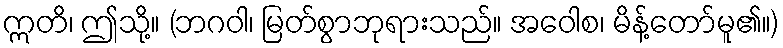
ဣတိ၊ ဤသို့။ (ဘဂဝါ၊ မြတ်စွာဘုရားသည်။ အဝေါစ၊ မိန့်တော်မူ၏။)